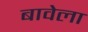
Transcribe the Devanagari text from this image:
बावेला